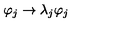
\varphi _ { j } \rightarrow \lambda _ { j } \varphi _ { j }